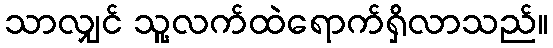
သာလျှင် သူ့လက်ထဲရောက်ရှိလာသည်။